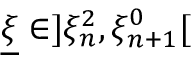
\underline { { \xi } } \in ] \xi _ { n } ^ { 2 } , \xi _ { n + 1 } ^ { 0 } [